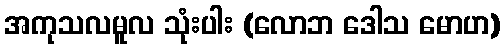
အကုသလမူလ သုံးပါး (လောဘ ဒေါသ မောဟ)